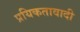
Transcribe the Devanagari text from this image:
प्रयिकतावादी